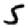
Digit: 5